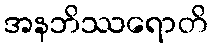
အနဘိဿရောတိ